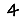
Digit: 4